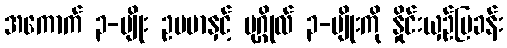
အကောက် ၃-မျိုး ဥပမာနှင့် ပုဂ္ဂိုလ် ၃-မျိုးကို နှိုင်းယှဉ်ပြခန်း